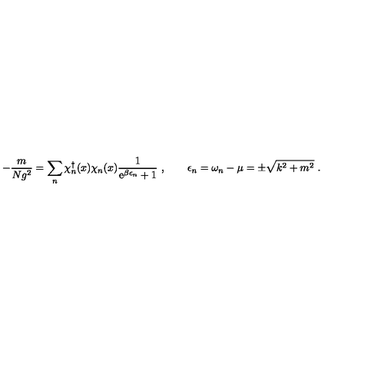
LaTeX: - \frac { m } { N g ^ { 2 } } = \sum _ { n } \chi _ { n } ^ { \dagger } ( x ) \chi _ { n } ( x ) \frac { 1 } { \mathrm { e } ^ { \beta \epsilon _ { n } } + 1 } \ , \qquad \epsilon _ { n } = \omega _ { n } - \mu = \pm \sqrt { k ^ { 2 } + m ^ { 2 } } \ .